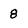
Character: 8